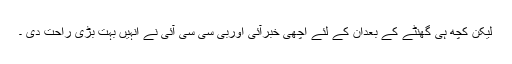
لیکن کچھ ہی گھنٹے کے بعدان کے لئے اچھی خبرآئی اوربی سی سی آئی نے انہیں بہت بڑی راحت دی ۔